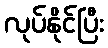
လုပ်နိုင်ပြီး